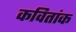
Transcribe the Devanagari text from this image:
कवितांक